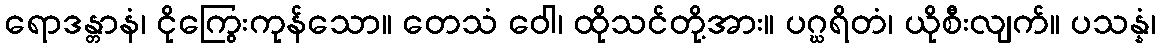
ရောဒန္တာနံ၊ ငိုကြွေးကုန်သော။ တေသံ ဝေါ၊ ထိုသင်တို့အား။ ပဂ္ဃရိတံ၊ ယိုစီးလျက်။ ပသန္နံ၊